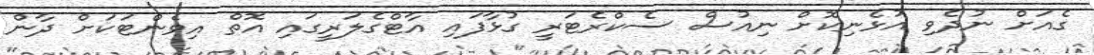
ގެއަށް ނުދެވި އުޅެނިކޮށް ނިއުސް ސެކްރެޓަރީ ގުޅާފައި އާޓްގެލަރީގައި އޮތް އިވެންޓަކަށް ދާން